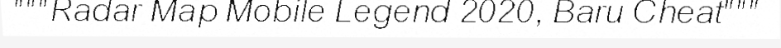
"""Radar Map Mobile Legend 2020, Baru Cheat"""